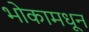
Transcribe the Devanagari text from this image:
भोकामधून